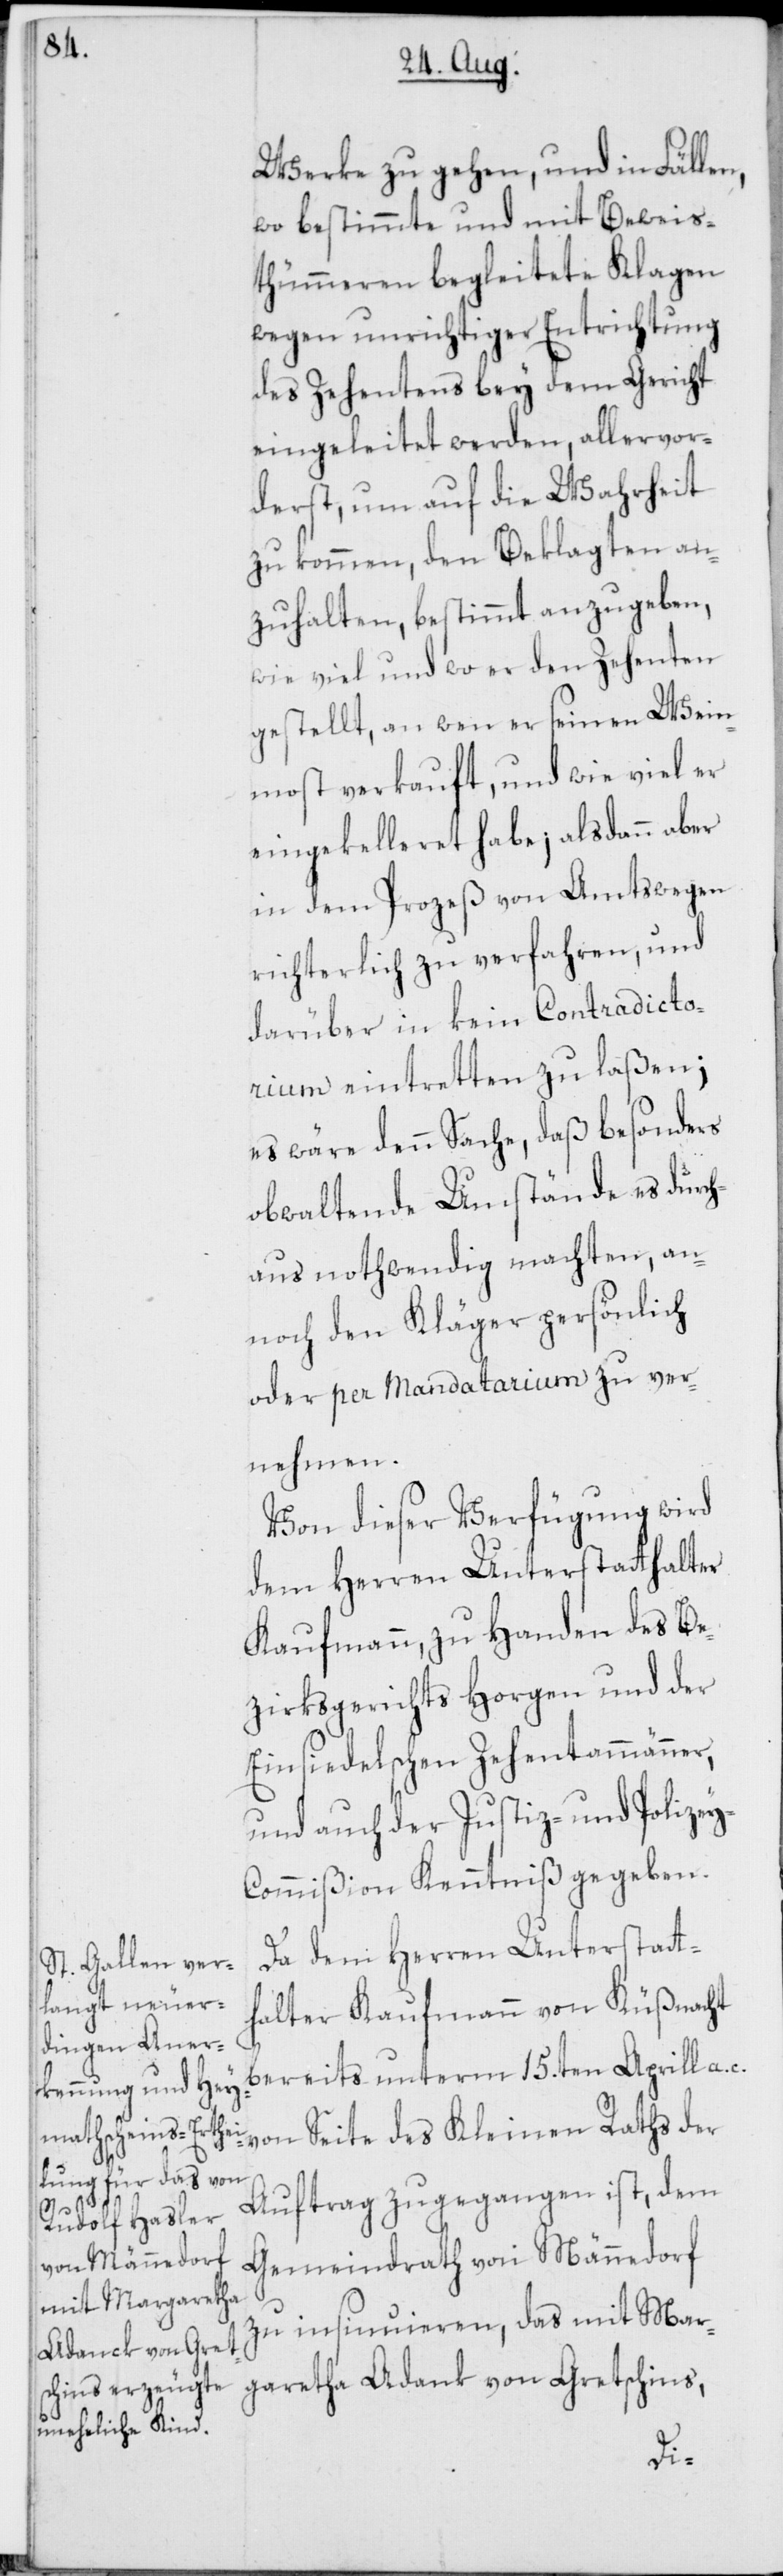
Werke zu gehen, und in Fällen,
wo bestimmte und mit Beweis¬
thümmeren begleitete Klagen
wegen unrichtiger Entrichtung
des Zehentens bey dem Gericht
eingeleitet werden, allervor¬
derst, um auf die Wahrheit
zu kommen, den Beklagten an¬
zuhalten, bestimmt anzugeben,
wie viel und wo er den Zehenten
gestellt, an wen er seinen Wein¬
most verkauft, und wie viel er
eingekelleret habe; alsdann aber
in dem Prozeß von Amtswegen
richterlich zu verfahren, und
darüber in kein Contradicto¬
rium eintretten zu laßen;
es wäre denn Sache, daß besonders
obwaltende Umstände es durch¬
aus nothwendig machten, an¬
noch den Kläger persönlich
oder per Mandatarium zu ver¬
nehmen.
Von dieser Verfügung wird
dem Herren Unterstatthalter
Kaufmann, zu Handen des Be¬
zirksgerichts Horgen und der
Einsiedelschen Zehentammänner,
und auch der Justiz- und Polize¬
y-Commißion Kenntniß gegeben.
Da dem Herren Unterstatt¬
halter Kaufmann von Küßnacht
bereits unterm 15.ten Aprill a.
Auftrag zugegangen ist, dem
der
Gemeindrath von Männedorf
zu insinuieren, das mit Mar¬
garetha Adank von Gretschins,